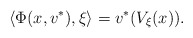
\begin{align*}\langle \Phi(x,v^*),\xi \rangle=v^*(V_\xi(x)).\end{align*}